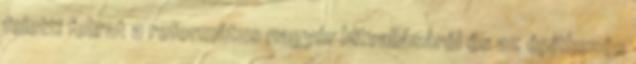
feletti felirat a református nagyúr hitvallásáról és az építkezés